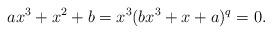
LaTeX: \begin{align*}ax^3+x^2+b=x^3(bx^3+x+a)^q=0.\end{align*}